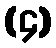
(၄)